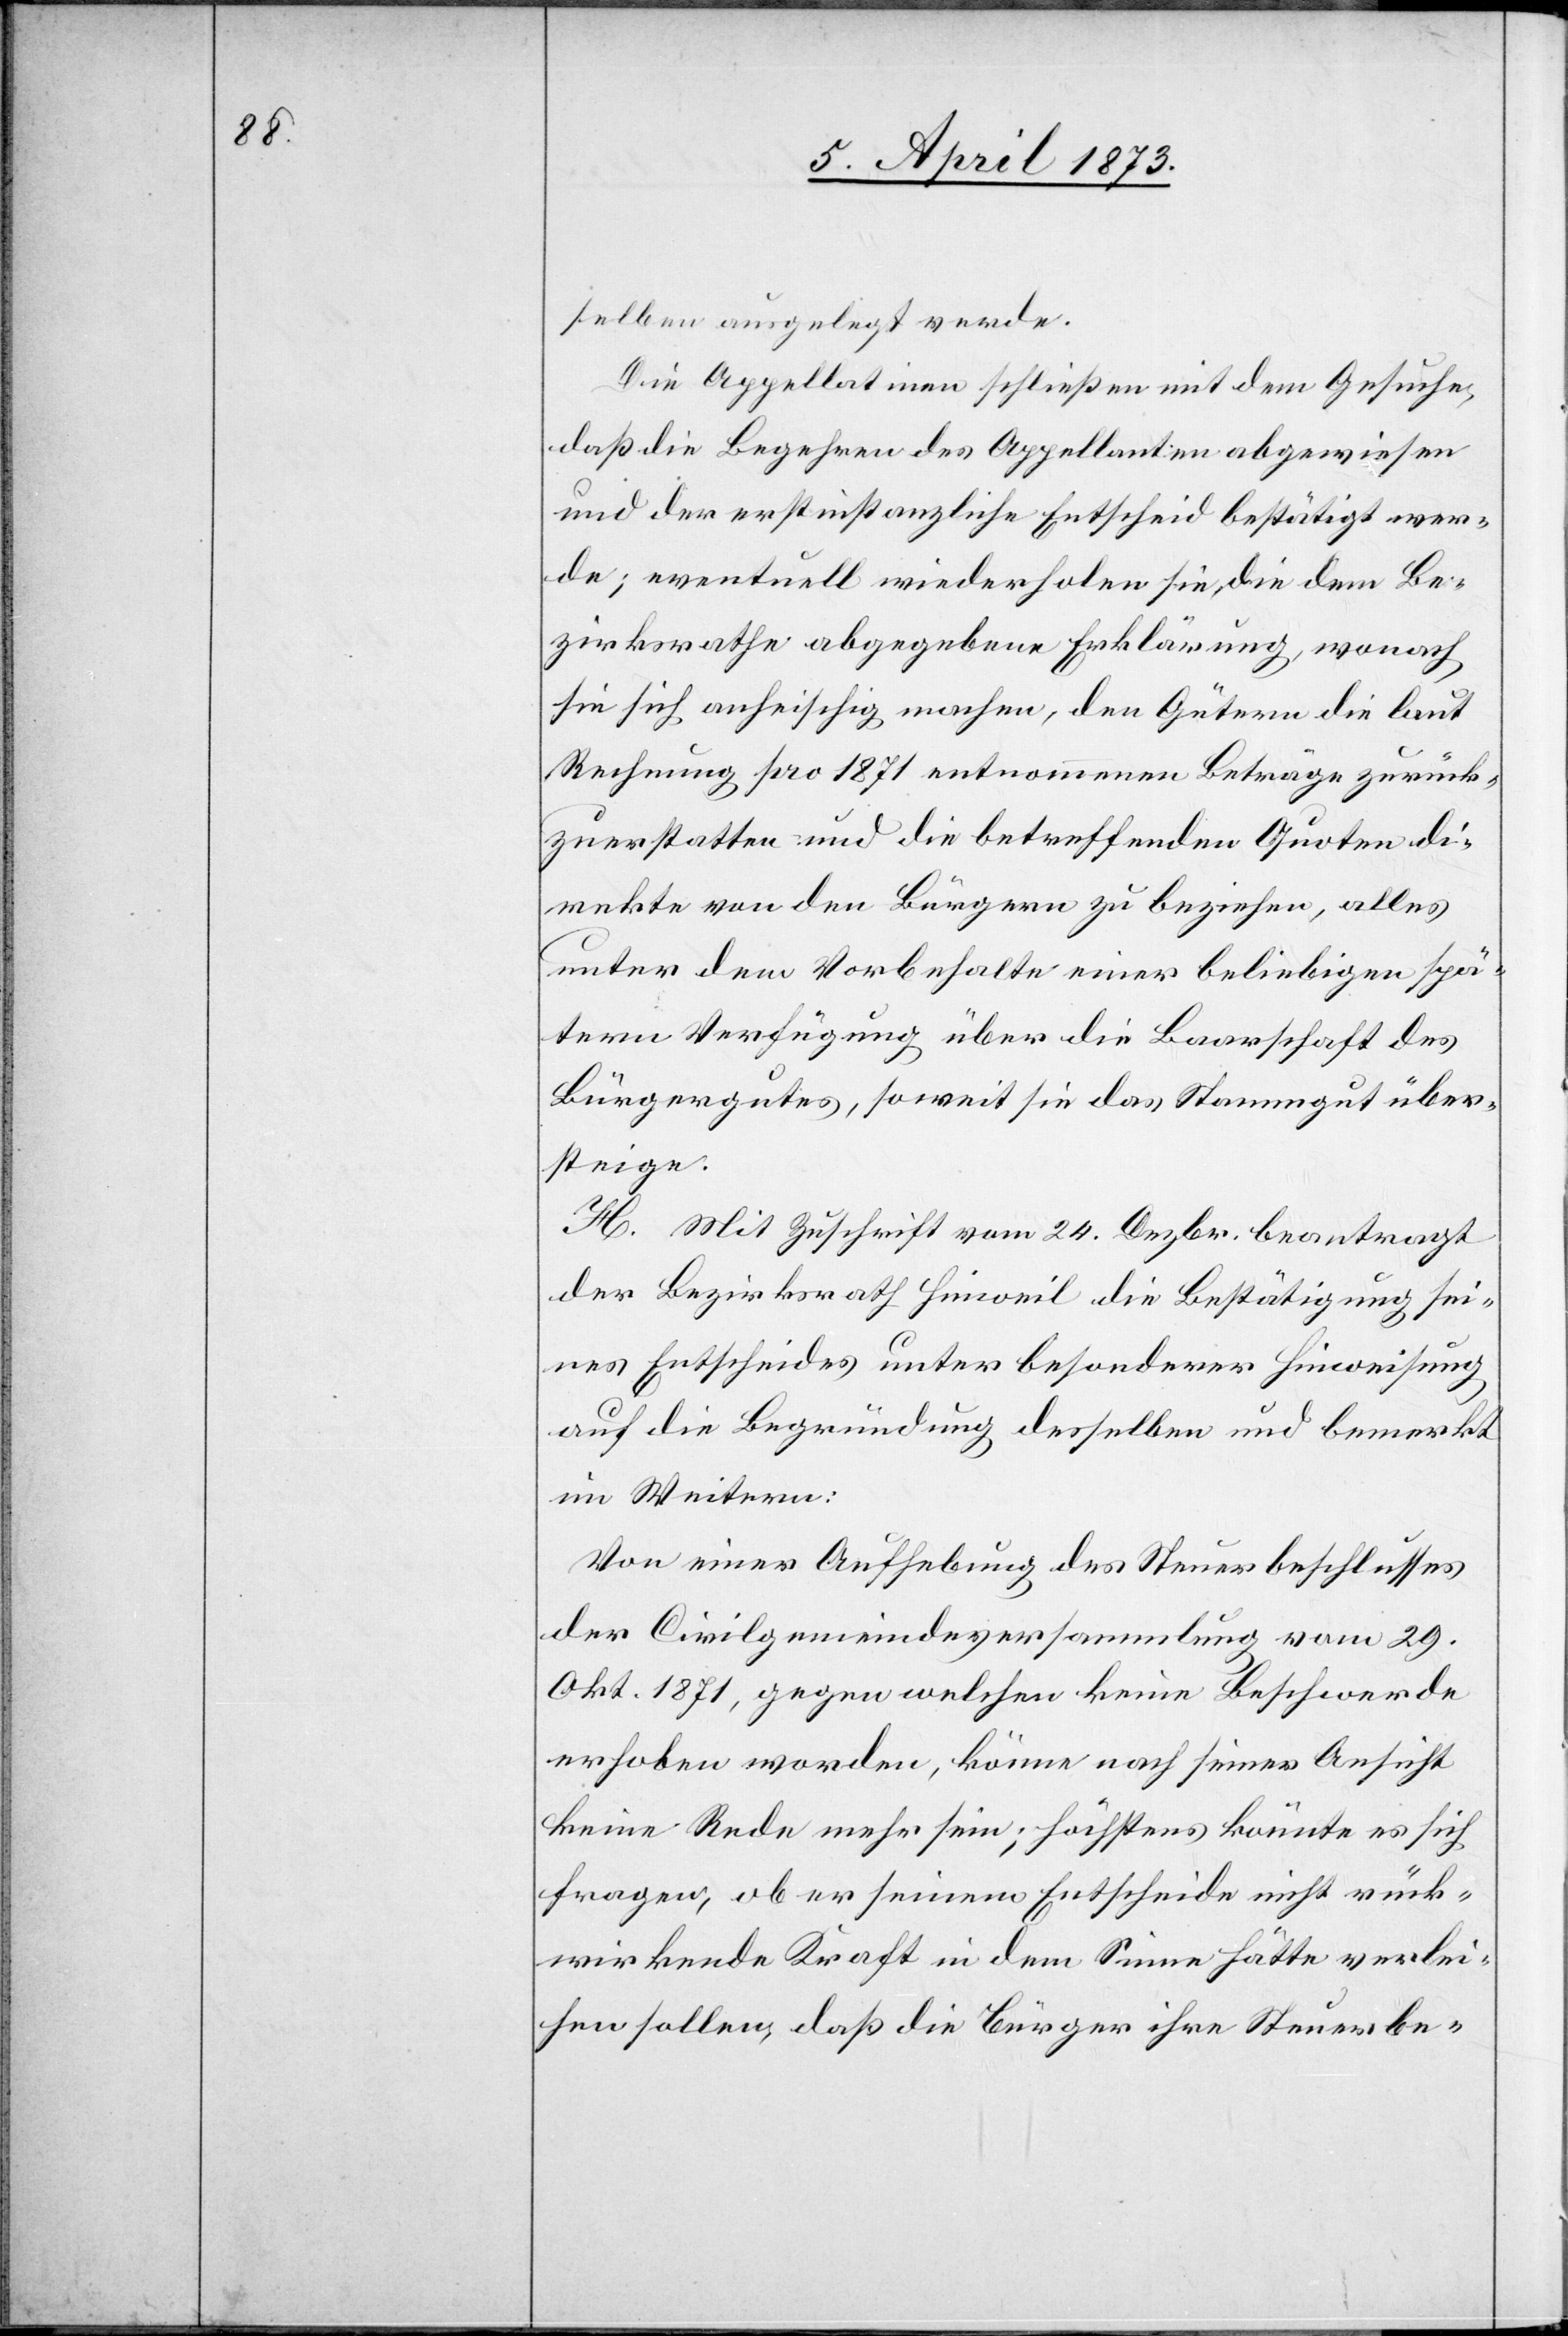
selben ausgelegt werde.
Die Appellatin[n]en schließen mit dem Gesuche,
daß die Begehren des Appellanten abgewiesen
und der erstinstanzliche Entscheid bestätigt wer¬
de; eventuell wiederholen sie die dem Be¬
zirksrathe abgegebene Erklärung, wonach
sie sich anheischig machen, den Gütern die laut
Rechnung pro 1871 entnommenen Beträge zurück¬
zuerstatten und die betreffenden Quoten di¬
rekte von den Bürgern zu beziehen, alles
unter dem Vorbehalte einer beliebigen spä¬
tern Verfügung über die Baarschaft des
Bürgergutes, soweit sie das Stammgut über¬
steige.
H. Mit Zuschrift vom 24. Dezbr. beantragt
der Bezirksrath Hinweil die Bestätigung sei¬
nes Entscheides unter besonderer Hinweisung
auf die Begründung desselben und bemerkt
im Weitern:
Von einer Aufhebung des Steuerbeschlusses
der Civilgemeindeversammlung vom 29.
Okt. 1971, gegen welchen keine Beschwerde
erhoben worden, könne nach seiner Ansicht
keine Rede mehr sein; höchstens könnte es sich
fragen, ob er seinem Entscheide nicht rück¬
wirkende Kraft in dem Sinne hätte verlei¬
hen sollen, daß die Bürger ihre Steuerbe-